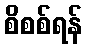
စိစစ်ရန်